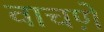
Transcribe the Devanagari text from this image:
वाचणे़